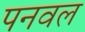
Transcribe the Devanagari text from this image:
पनवल